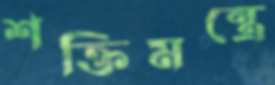
শক্তিমন্ত্রে